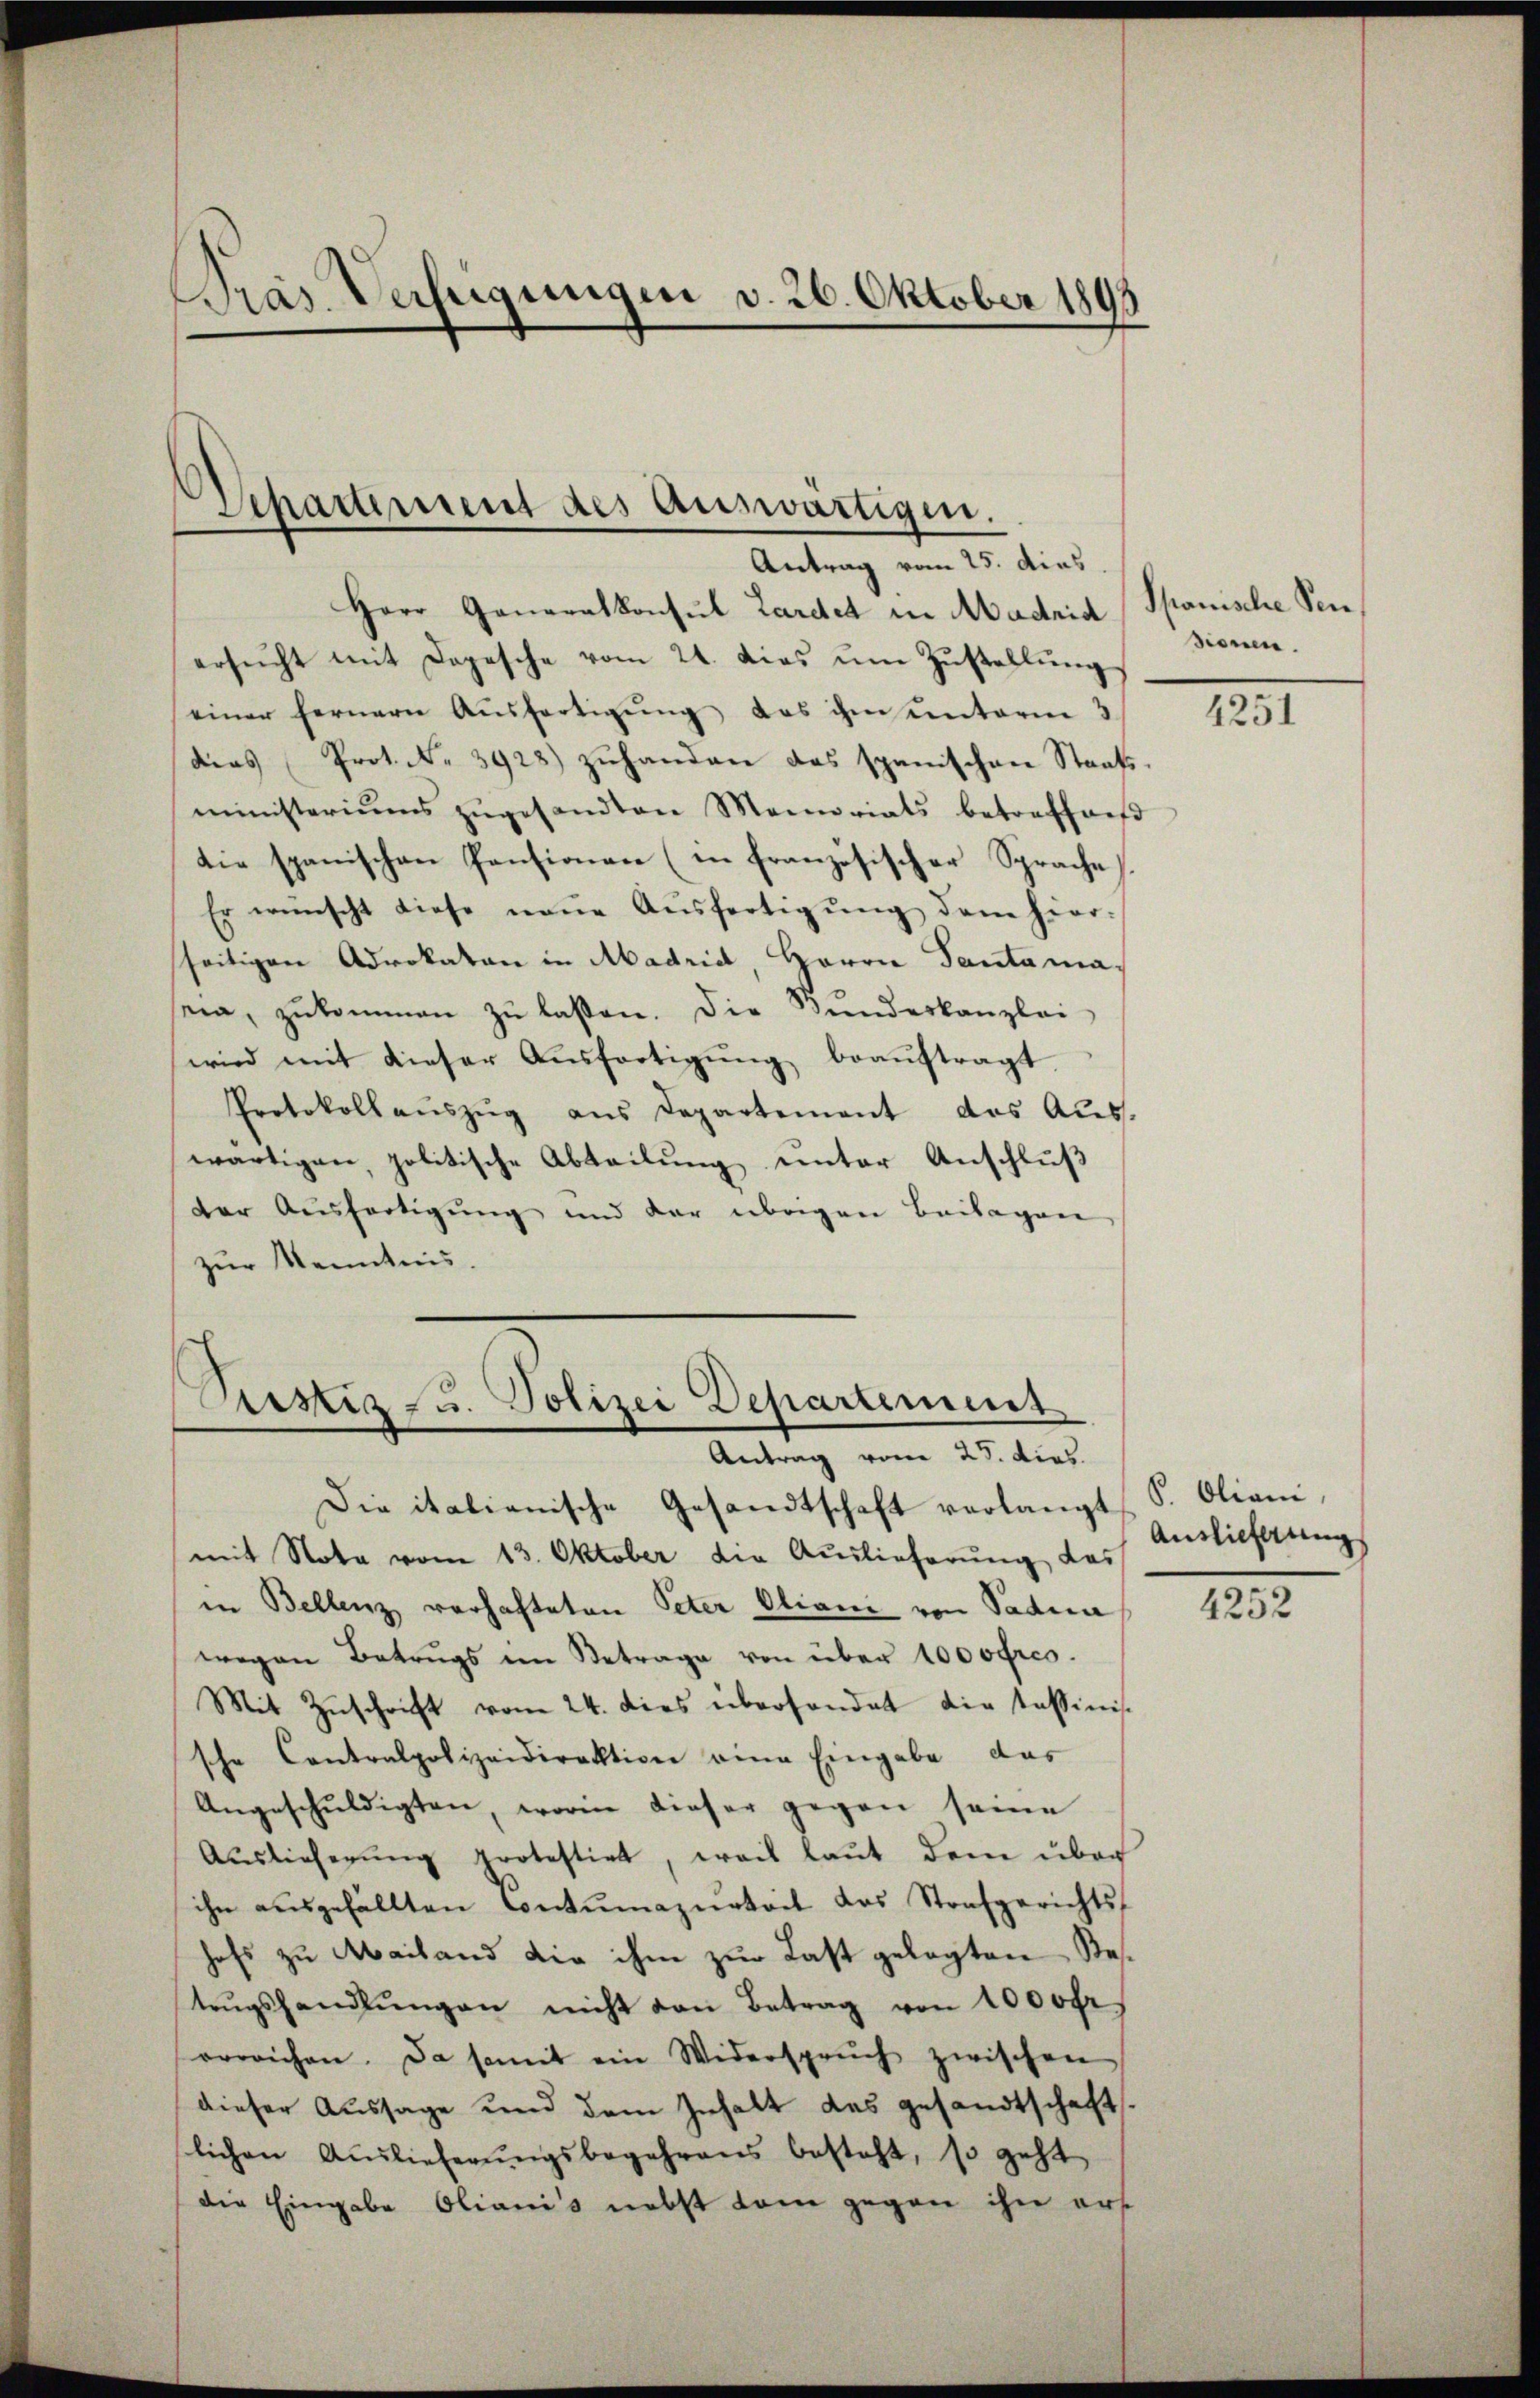
Präs. Verfügungen v. 26. Oktober 1895

Herr Generalkonsul Lardet in Madrid Spanische Sen
ersŭcht mit Dopesche vom 21. dies ŭm Zŭstellŭng
einer fernern Aŭsfertigŭng das ihm unterm 3
dias Prot. N. 3928) zŭhanden das spanischen Staatsministeriums zŭgesandten Memoriats betreffniβ
die spanischen Pensionen (in Französischer Sprache
Er wünscht diese neŭe Aŭsfertigŭng dem hier-
seitigen Advokaten in Abadrid, Herrn Pantama,
nia, zŭkommen zŭ lassen. Die Bŭndeskanzlei
wird mit dieser Aŭsfertigŭng beauftragt.
Protokoll aŭszŭg ans Departement des Aŭs-
wärtigen, politische Abteilung unter Anschluß
der Ausfertigung und der übrigen Beilagen
zŭr Kenntnis.

Apärument des Auswärtigen.
Antrag vom 25. dies.

ustiz- u. Polizei Departement
Antrag vom 25. dies

Die italienische Gesandtschaft verlangt S. Oliani
mit Nota vom 13. Oktober die Auslieferung das
in Bellenz verhafteten Peter Oliani von Padera
wegen Betrugs im Betrage von über 1000frco.
Mit Zŭschrift vom 24. dies überhandet die Tassinis
sche Contralpolizeidirektion eine Eingabe das
Angeschŭldigten, worin dieser gegen seine
Auslieferŭng protestirt, weil laŭt dem über
ihn aŭsgefällten Contŭmazŭrteit das Strafgerichts-
hefs zu Mailand die ihm zur Last gelegten Restzŭgshandlŭngen nicht von Betrag von 1000fr.
erreichen. Da somit ein Widersprŭch zwischen
dieser Aussage und dem Inhalt des gesandtschaft.
lichen Auslieferŭngsbegehrens besteht, so geht
die Eingabe Olianis nebst kam gegen ihn ers

sionen.

4251

Auslicherung

4252